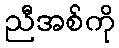
ညီအစ်ကို